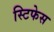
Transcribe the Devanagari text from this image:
स्टिफेस